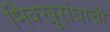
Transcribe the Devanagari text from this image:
भिक्खूसंघाची